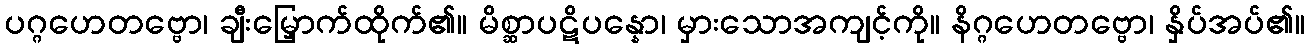
ပဂ္ဂဟေတဗ္ဗော၊ ချီးမြှောက်ထိုက်၏။ မိစ္ဆာပဋိပန္နော၊ မှားသောအကျင့်ကို။ နိဂ္ဂဟေတဗ္ဗော၊ နှိပ်အပ်၏။